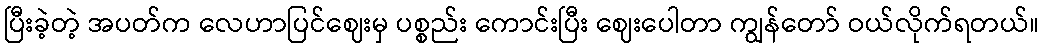
ပြီးခဲ့တဲ့ အပတ်က လေဟာပြင်ဈေးမှ ပစ္စည်း ကောင်းပြီး ဈေးပေါတာ ကျွန်တော် ဝယ်လိုက်ရတယ်။